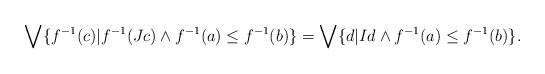
LaTeX: \begin{align*}\bigvee \{f^{-1}(c) | f^{-1}(Jc) \wedge f^{-1}(a) \leq f^{-1}(b) \}=\bigvee \{d | Id \wedge f^{-1}(a) \leq f^{-1}(b) \}.\end{align*}